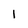
Character: 1